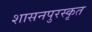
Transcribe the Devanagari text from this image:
शासनपुरस्कृत